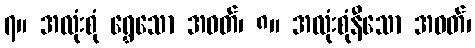
၇။ အလုံးစုံ ရွှေသော အဝတ်၊ ၈။ အလုံးစုံနီသော အဝတ်၊